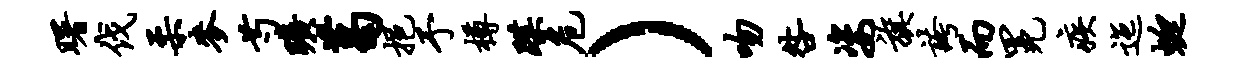
曙伐柔麦芍旷葛挹予樽蹀危）吻咎姿旗夸而冕疾迤蜓